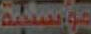
موسكتة